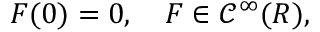
F ( 0 ) = 0 , \quad F \in { \mathcal C } ^ { \infty } ( R ) ,